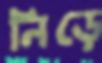
নিড়ে